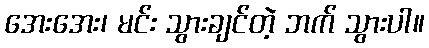
အေးအေး၊ မင်း သွားချင်တဲ့ ဘက် သွားပါ။